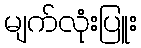
မျက်လုံးပြူး